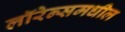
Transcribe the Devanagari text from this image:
लॉरेन्समधील